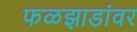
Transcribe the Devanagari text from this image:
फळझाडांवर